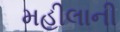
મહીલાની